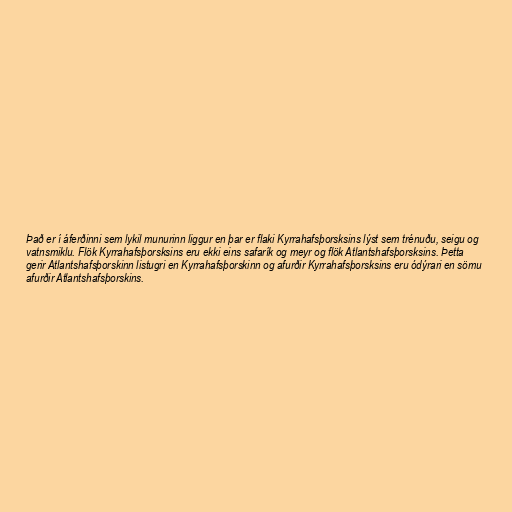
Það er í áferðinni sem lykil munurinn liggur en þar er flaki Kyrrahafsþorsksins lýst sem trénuðu, seigu og
vatnsmiklu. Flök Kyrrahafsþorsksins eru ekki eins safarík og meyr og flök Atlantshafsþorsksins. Þetta
gerir Atlantshafsþorskinn listugri en Kyrrahafsþorskinn og afurðir Kyrrahafsþorsksins eru ódýrari en sömu
afurðir Atlantshafsþorskins.